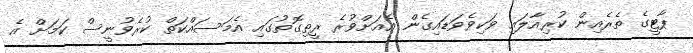
ޕާޓީގެ ތެރެއިން ކުރިއާލައި ވަކިވެވަޑައިގެން އެއަށްވުރެ ރީތިގޮތުގައި އެމަސައްކަތް ކުރެވުނީސް ކަމަށް އެ